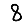
Digit: 8